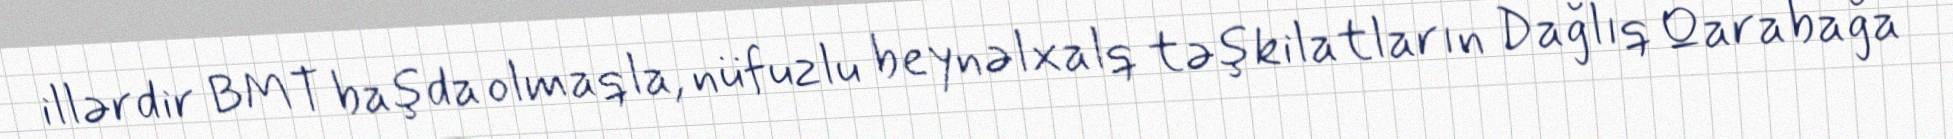
illərdir BMT başda olmaqla, nüfuzlu beynəlxalq təşkilatların Dağlıq Qarabağa